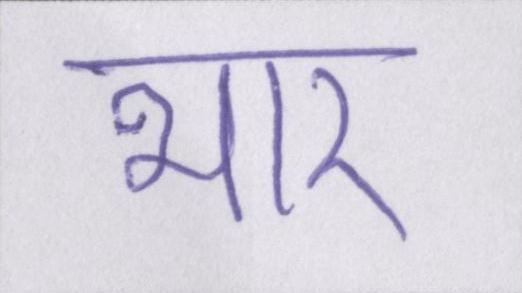
भार